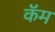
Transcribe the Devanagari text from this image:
कॅम